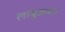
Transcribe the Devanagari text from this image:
लांबुळका